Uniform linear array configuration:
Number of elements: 16
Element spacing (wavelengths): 0.25
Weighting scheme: kaiser
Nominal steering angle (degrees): -15
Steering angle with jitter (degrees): -13.283
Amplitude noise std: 0.05
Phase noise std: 0.05

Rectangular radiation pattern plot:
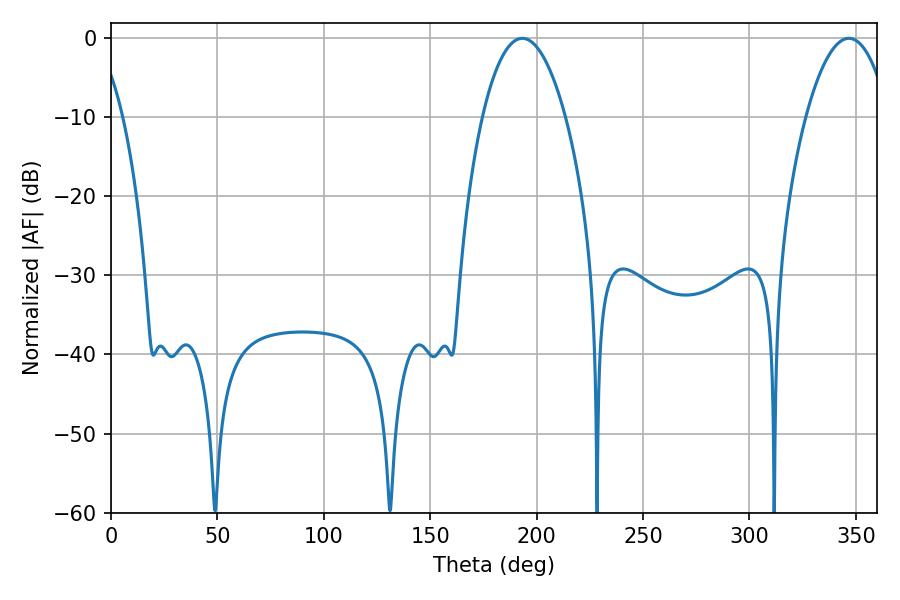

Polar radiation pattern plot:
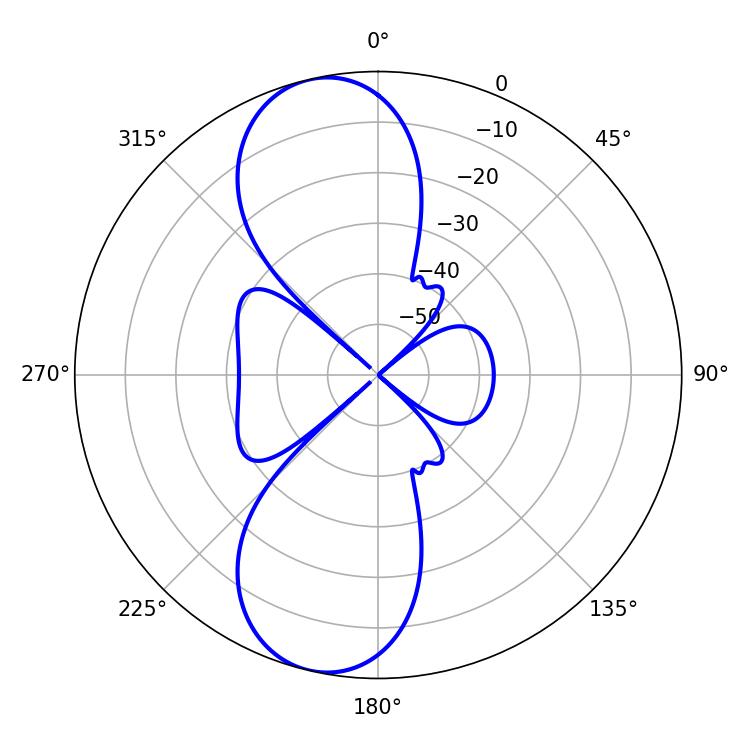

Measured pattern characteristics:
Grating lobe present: FALSE
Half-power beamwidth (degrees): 21.6
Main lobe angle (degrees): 193.32